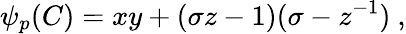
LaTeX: \psi_{p}(C)=xy+(\sigma z-1)(\sigma-z^{-1})~,